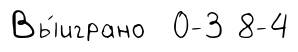
Вы́играно 0-3 8-4